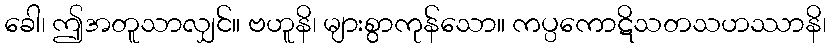
ခေါ၊ ဤအတူသာလျှင်။ ဗဟူနိ၊ များစွာကုန်သော။ ကပ္ပကောဋိသတသဟဿာနိ၊